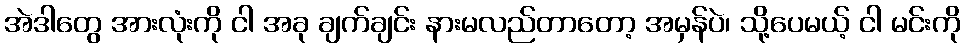
အဲဒါတွေ အားလုံးကို ငါ အခု ချက်ချင်း နားမလည်တာတော့ အမှန်ပဲ၊ သို့ပေမယ့် ငါ မင်းကို